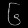
Digit: ၆